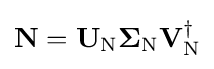
{\textstyle \mathbf {N} =\mathbf {U} _{\mathrm {N} }\mathbf {\Sigma } _{\mathrm {N} }\mathbf {V} _{\mathrm {N} }^{\dagger }}